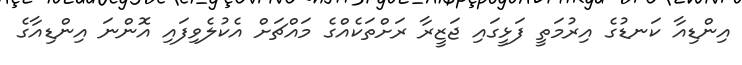
އިންޑިއާ ކަނޑުގެ އިރުމަތީ ފަޅީގައި ޖަޒީރާ ރަށްތަކެއްގެ މައްޗަށް އެކުލެވިފައި އޮންނަ އިންޑިއާގެ